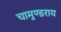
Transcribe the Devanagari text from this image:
चामुण्डराय